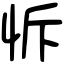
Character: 𢘛